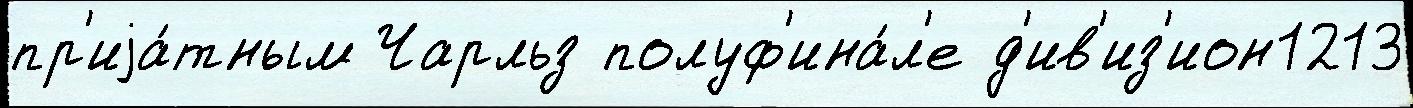
пр'иjа́тным Чарльз полуф'ина́л'е д'ив'из'ион1213